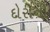
દોરીની